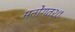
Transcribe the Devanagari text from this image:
मनोगत२७